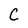
Character: C